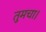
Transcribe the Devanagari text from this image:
तुमचा।